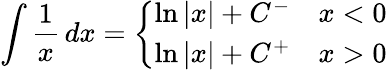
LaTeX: \int{\frac{1}{x}}\, dx={\left\{ \begin{array}{ll}{\ln|x|+C^{-}}&{x<0}\\ {\ln|x|+C^{+}}&{x>0}\end{array}\right.}